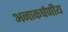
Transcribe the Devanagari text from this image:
अनाकर्षणीय